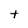
Character: t